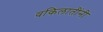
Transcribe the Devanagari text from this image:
वकिलातींनी